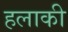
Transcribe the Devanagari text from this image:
हलाकी